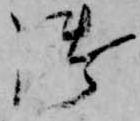
御